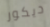
ديكور